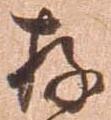
存